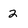
Character: 2